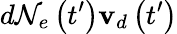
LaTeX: d\mathcal{N}_{e}\left(t^{\prime}\right)\mathbf{v}_{d}\left(t^{\prime}\right)